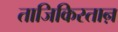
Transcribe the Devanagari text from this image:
ताजिकिस्ताऩ